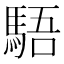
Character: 䮏